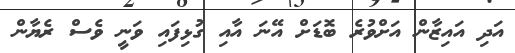
އަދި އައިޒާން އަށްވުރެ ބޮޑަށް އޭނަ އާއި ގުޅިފައި ވަނީ ވެސް ރެޔާން